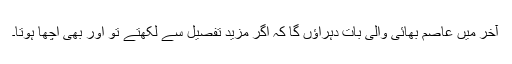
آخر میں عاصم بھائی والی بات دہراؤں گا کہ اگر مزید تفصیل سے لکھتے تو اور بھی اچھا ہوتا۔